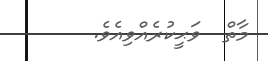
މާތް  ވަޙީކުރެއްވިއެވެ.